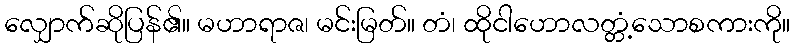
လျှောက်ဆိုပြန်၏။ မဟာရာဇ၊ မင်းမြတ်။ တံ၊ ထိုငါဟောလတ္တံ့သောစကားကို။